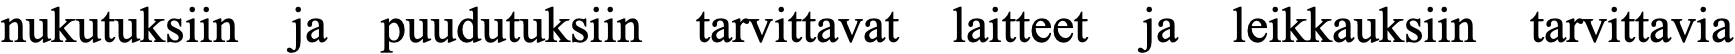
nukutuksiin ja puudutuksiin tarvittavat laitteet ja leikkauksiin tarvittavia